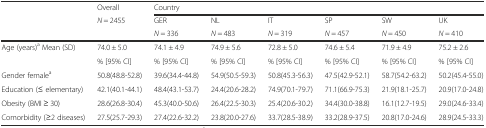
<table><thead><tr><td rowspan="3"></td><td><b>Overall</b></td><td colspan="6"><b>Country</b></td></tr><tr><td rowspan="2"><b><i>N</i> = 2455</b></td><td><b>GER</b></td><td><b>NL</b></td><td><b>IT</b></td><td><b>SP</b></td><td><b>SW</b></td><td><b>UK</b></td></tr><tr><td><b><i>N</i> = 336</b></td><td><b><i>N</i> = 483</b></td><td><b><i>N</i> = 319</b></td><td><b><i>N</i> = 457</b></td><td><b><i>N</i> = 450</b></td><td><b><i>N</i> = 410</b></td></tr></thead><tbody><tr><td rowspan="2">Age (years)<sup>a</sup> Mean (SD)</td><td>74.0 ± 5.0</td><td>74.1 ± 4.9</td><td>74.9 ± 5.6</td><td>72.8 ± 5.0</td><td>74.6 ± 5.4</td><td>71.9 ± 4.9</td><td>75.2 ± 2.6</td></tr><tr><td>% [95% CI]</td><td>% [95% CI]</td><td>% [95% CI]</td><td>% [95% CI]</td><td>% [95% CI]</td><td>% [95% CI]</td><td>% [95% CI]</td></tr><tr><td>Gender female<sup>a</sup></td><td>50.8(48.8-52.8)</td><td>39.6(34.4-44.8)</td><td>54.9(50.5-59.3)</td><td>50.8(45.3-56.3)</td><td>47.5(42.9-52.1)</td><td>58.7(54.2-63.2)</td><td>50.2(45.4-55.0)</td></tr><tr><td>Education (≤ elementary)</td><td>42.1(40.1-44.1)</td><td>48.4(43.1-53.7)</td><td>24.4(20.6-28.2)</td><td>74.9(70.1-79.7)</td><td>71.1(66.9-75.3)</td><td>21.9(18.1-25.7)</td><td>20.9(17.0-24.8)</td></tr><tr><td>Obesity (BMI ≥ 30)</td><td>28.6(26.8-30.4)</td><td>45.3(40.0-50.6)</td><td>26.4(22.5-30.3)</td><td>25.4(20.6-30.2)</td><td>34.4(30.0-38.8)</td><td>16.1(12.7-19.5)</td><td>29.0(24.6-33.4)</td></tr><tr><td>Comorbidity (≥2 diseases)</td><td>27.5(25.7-29.3)</td><td>27.4(22.6-32.2)</td><td>23.8(20.0-27.6)</td><td>33.7(28.5-38.9)</td><td>33.2(28.9-37.5)</td><td>20.8(17.0-24.6)</td><td>28.9(24.5-33.3)</td></tr></tbody></table>